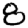
Digit: 8